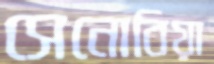
সেনোবিয়া